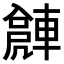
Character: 𨍻